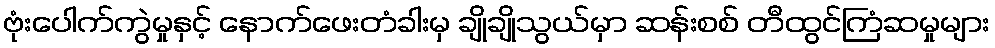
ဗုံးပေါက်ကွဲမှုနှင့် နောက်ဖေးတံခါးမှ ချိုချိုသွယ်မှာ ဆန်းစစ် တီထွင်ကြံဆမှုများ